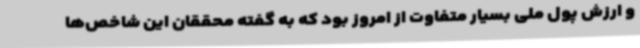
و ارزش پول ملی بسیار متفاوت از امروز بود که به گفته محققان این شاخص‌ها